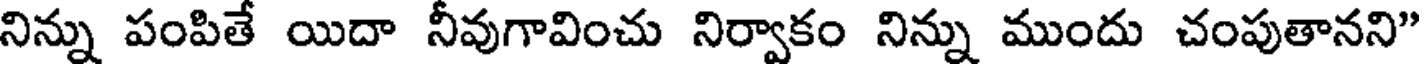
నిన్ను పంపితే యిదా నీవుగావించు నిర్వాకం నిన్ను ముందు చంపుతానని"